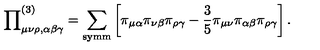
{ \prod } _ { \mu \nu \rho , \alpha \beta \gamma } ^ { ( 3 ) } = \sum _ { \mathrm { s y m m } } \left[ \pi _ { \mu \alpha } \pi _ { \nu \beta } \pi _ { \rho \gamma } - \frac { 3 } { 5 } \pi _ { \mu \nu } \pi _ { \alpha \beta } \pi _ { \rho \gamma } \right] .